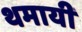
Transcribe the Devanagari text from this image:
थमायी